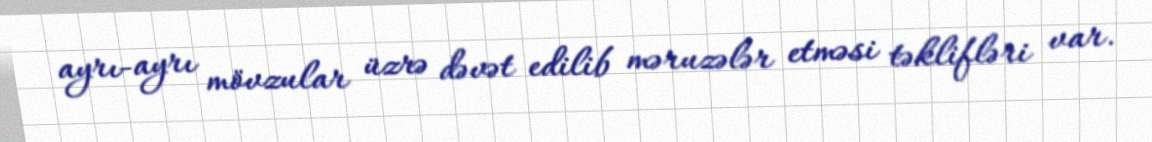
ayrı-ayrı mövzular üzrə dəvət edilib məruzələr etməsi təklifləri var.